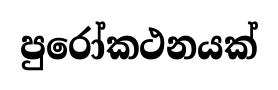
පුරෝකථනයක්